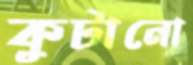
কুটানো